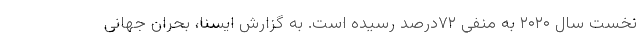
نخست سال ۲۰۲۰ به منفی ۷۲درصد رسیده است. به گزارش ایسنا، بحران جهانی